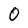
Character: 0